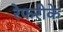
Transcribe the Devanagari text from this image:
रेफरीके